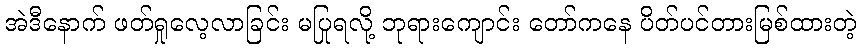
အဲဒီနောက် ဖတ်ရှုလေ့လာခြင်း မပြုရလို့ ဘုရားကျောင်း တော်ကနေ ပိတ်ပင်တားမြစ်ထားတဲ့